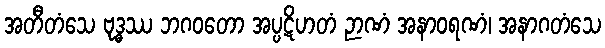
အတီတံသေ ဗုဒ္ဓဿ ဘဂဝတော အပ္ပဋိဟတံ ဉာဏံ အနာဝရဏံ၊ အနာဂတံသေ